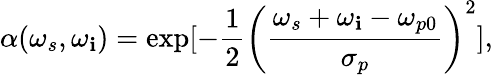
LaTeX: \alpha(\omega_{s},\omega_{\mathbf{i}})=\exp[-\frac{{1}}{{2}}\left(\frac{{\omega_{s}+\omega_{\mathbf{i}}-\omega_{p0}}}{{\sigma_{p}}}\right)^{2}],